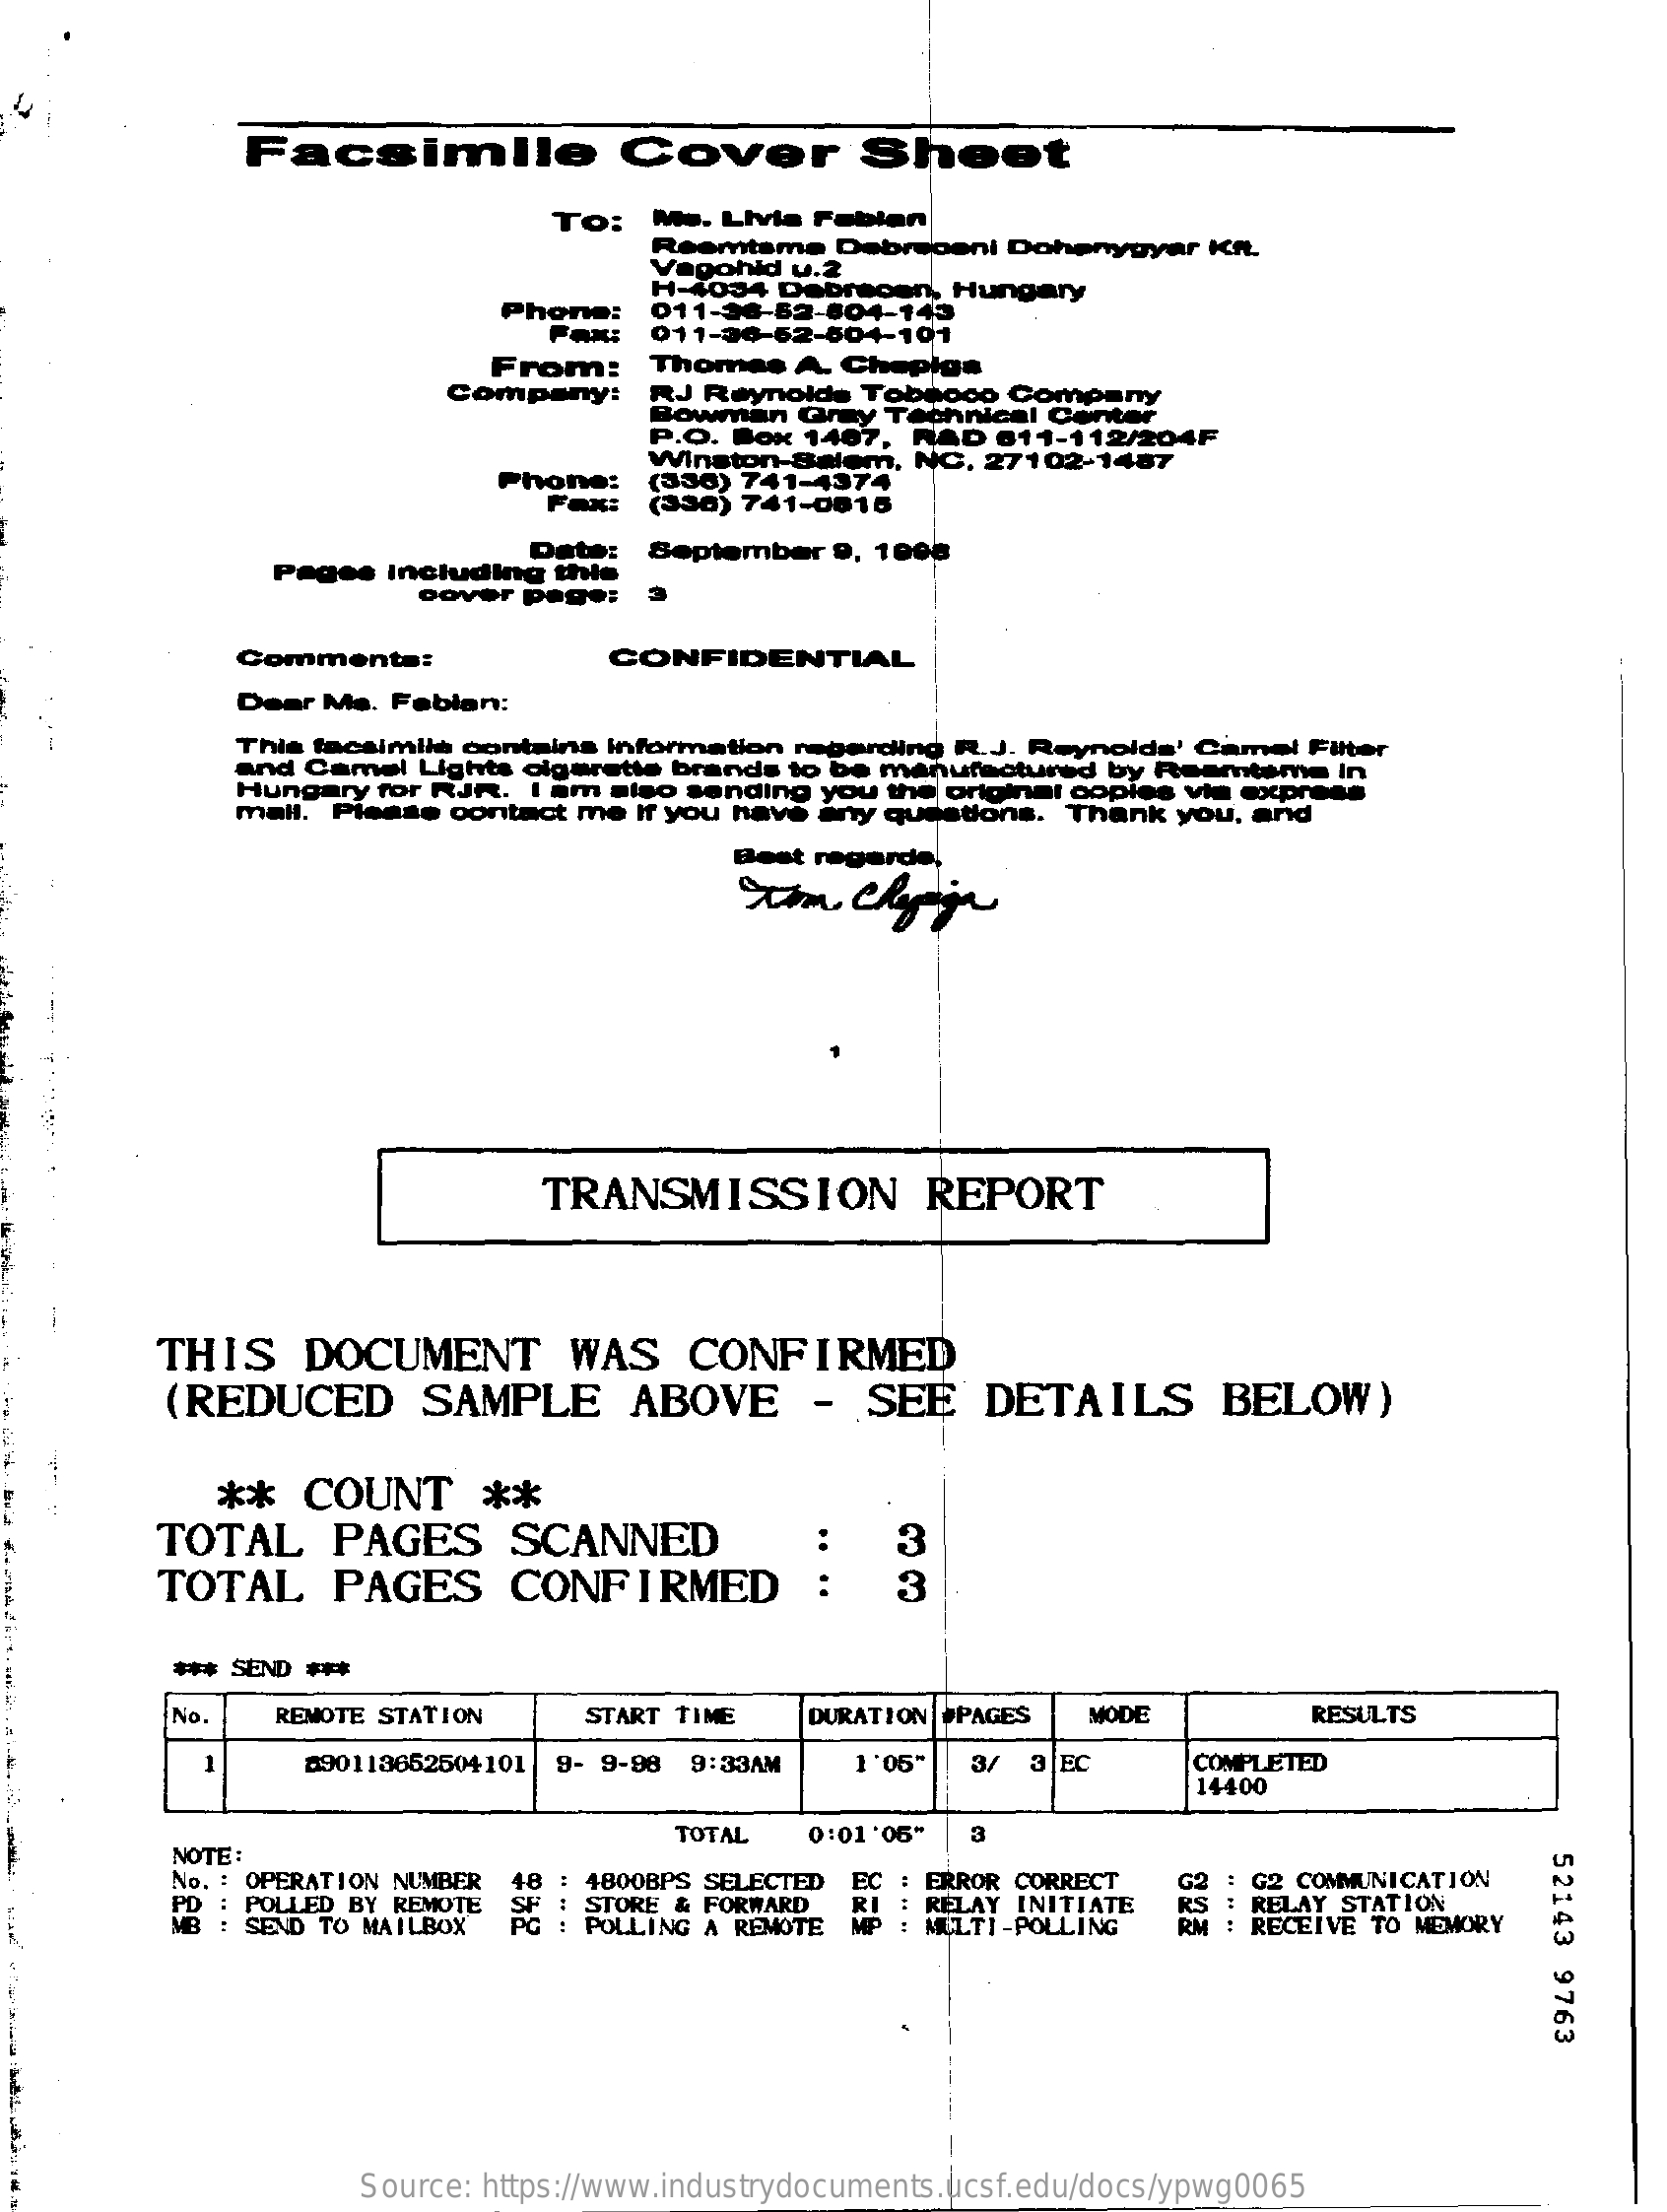
Facsimile    Cover    Sheet
     To:  Ms. Livia Fabian
     Reemtama  Debreceni Dohanygyar KA.
     agohid u.2
     Phone:
     1-4034 Debrecen, Hungary
     011-36-52-804-145
     011-36-52-504-101
     From:    Thomas  A. Chepiga
     Company:    RJ Reynolds Tobloco Company
     Bowman  Gray Technical Center
     P.O. Box 1467, RAD 611-112/204F
     INC. 2
     Phone:
     Winston-Salem, NC, 27102-1487
     Fax:
     (330) 741-4374
     (338) 741-0815
     Date:
     Pages Including thie
     September 9, 1008
     oover page:
     Comments:    CONFIDENTIAL
     Dear Ma. Fabian:
     This facsimile contains Information regarding R.J. Reynolds' Camel Filter
     and Camel Lights cigaretts brands to be manufa nufactured by Rean
     Hungary for RJR. I am also sending you the original copies via express
     Raamtama   In
     mall. Please contact me if you have any questions. Thank you, and
     Best regards,
     TRANSMISSION    REPORT
     THIS    DOCUMENT    WAS    CONFIRMED
     (REDUCED    SAMPLE    ABOVE    -  SEE   DETAILS    BELOW)
     **   COUNT    **
     TOTAL    PAGES    SCANNED
     TOTAL    PAGES    CONFIRMED
     3
     3
     *** SEND ***
     No    REMOTE STATION   START TIME   DURATION #PAGES MODE    RESULTS
     -
     090113652504101 9- 9-98 9:33AM  1'05" 3/ 3 FC    COMPLETED
     14400
     TOTAL   0:01 '05"
     NOTE :
     3
     52143
     9763
     No. : OPERATION NUMBER
     PD : POLLED BY REMOTE
     4800BPS SELECTED .
     ..
     EC   ERROR CORRECT
     RS
     G2 COMMUNICATION
     : SEND TO MAILBOX
     STORE & FORWARD
     POLLING A REMOTE
     RELAY INITIATE
     MULTI-POLLING
     : RELAY STATION
     RM : RECEIVE TO MEMORY
     Source: https://www.industrydocuments.ucsf.edu/docs/ypwg0065